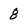
Character: 8